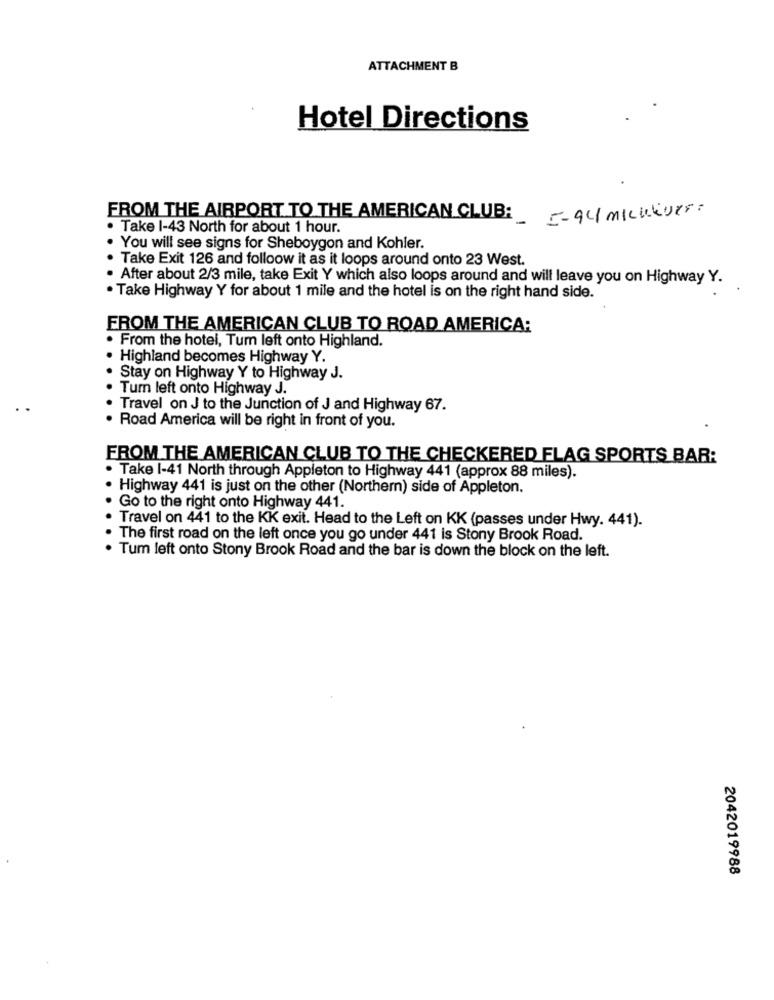
ATTACHMENT B
Hotel Directions
FROM THE AIRPORT TO THE AMERICAN CLUB: - 94/ mickeyer
. Take 1-43 North for about 1 hour.
. You will see signs for Sheboygon and Kohler.
· Take Exit 126 and folloow it as it loops around onto 23 West.
. After about 2/3 mile, take Exit Y which also loops around and will leave you on Highway Y.
. Take Highway Y for about 1 mile and the hotel is on the right hand side.
FROM THE AMERICAN CLUB TO ROAD AMERICA:
· From the hotel, Tum left onto Highland.
Highland becomes Highway Y.
Stay on Highway Y to Highway J.
Turn left onto Highway J.
Travel on J to the Junction of J and Highway 67.
· Road America will be right in front of you.
FROM THE AMERICAN CLUB TO THE CHECKERED FLAG SPORTS BAR:
. Take 1-41 North through Appleton to Highway 441 (approx 88 miles).
Highway 441 is just on the other (Northern) side of Appleton.
Go to the right onto Highway 441.
Travel on 441 to the KK exit. Head to the Left on KK (passes under Hwy. 441).
The first road on the left once you go under 441 is Stony Brook Road.
. Tum left onto Stony Brook Road and the bar is down the block on the left.
2042019988